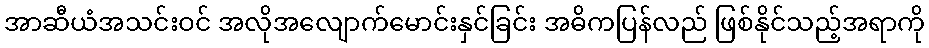
အာဆီယံအသင်းဝင် အလိုအလျောက်မောင်းနှင်ခြင်း အဓိကပြန်လည် ဖြစ်နိုင်သည့်အရာကို